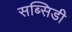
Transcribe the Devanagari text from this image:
सब्सिडी